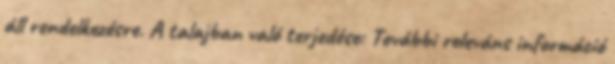
áll rendelkezésre. A talajban való terjedése: További releváns információ